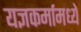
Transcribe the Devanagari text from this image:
यज्ञकर्मामध्ये